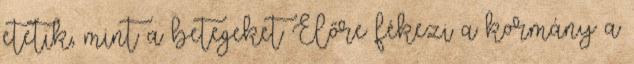
etetik, mint a betegeket Előre fékezi a kormány a